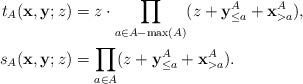
LaTeX: \begin{align*}t_{A}({\bf x}, {\bf y}; z)& =z \cdot\prod_{a \in A-\max(A)}(z + {\bf y}_{\leq a}^{A} + {\bf x}_{> a}^{A}) ,\\s_{A}({\bf x}, {\bf y}; z)& =\prod_{a \in A}(z + {\bf y}_{\leq a}^{A} + {\bf x}_{> a}^{A}) .\end{align*}